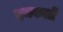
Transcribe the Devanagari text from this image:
दमकलों